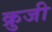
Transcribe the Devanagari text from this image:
क्रुजी